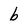
Character: b